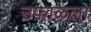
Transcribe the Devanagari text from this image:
उफाळला